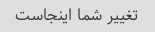
تغییر شما اینجاست